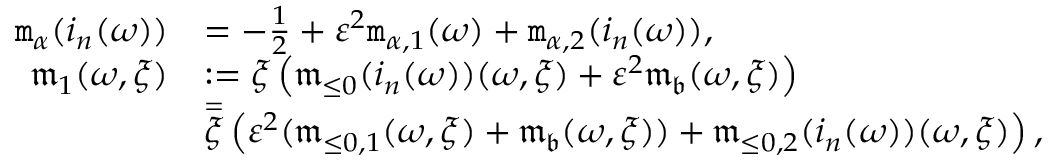
\begin{array} { r l } { \mathtt { m } _ { \alpha } ( i _ { n } ( \omega ) ) } & { = - \frac { 1 } { 2 } + \varepsilon ^ { 2 } \mathtt { m } _ { \alpha , 1 } ( \omega ) + \mathtt { m } _ { \alpha , 2 } ( i _ { n } ( \omega ) ) , } \\ { \mathfrak { m } _ { 1 } ( \omega , \xi ) } & { : = \xi \left( \mathfrak { m } _ { \le 0 } ( i _ { n } ( \omega ) ) ( \omega , \xi ) + \varepsilon ^ { 2 } \mathfrak { m } _ { \mathfrak { b } } ( \omega , \xi ) \right) } \\ & { \overset = \xi \left( \varepsilon ^ { 2 } ( \mathfrak { m } _ { \le 0 , 1 } ( \omega , \xi ) + \mathfrak { m } _ { \mathfrak { b } } ( \omega , \xi ) ) + \mathfrak { m } _ { \le 0 , 2 } ( i _ { n } ( \omega ) ) ( \omega , \xi ) \right) , } \end{array}